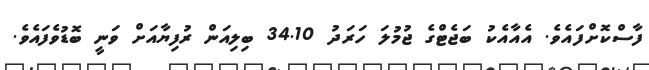
ފާސްކޮށްފައެވެ. އެއާއެކު ބަޖެޓްގެ ޖުމުލަ ހަރަދު 34.10 ބިލިއަން ރުފިޔާއަށް ވަނީ ބޮޑުވެފައެވެ.